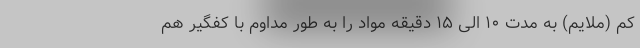
کم (ملایم) به مدت ۱۰ الی ۱۵ دقیقه مواد را به طور مداوم با کفگیر هم